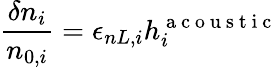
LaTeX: \frac{\delta n_{i}}{n_{0,i}}=\epsilon_{nL,i}h_{i}^{\mathrm{~a~c~o~u~s~t~i~c~}}